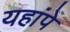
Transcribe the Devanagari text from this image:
यहांपे